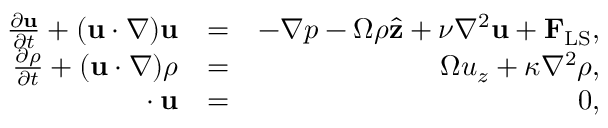
\begin{array} { r l r } { \frac { \partial { \mathbf { u } } } { \partial { t } } + ( \mathbf { u } \cdot \nabla ) \mathbf { u } } & { = } & { - \nabla p - \Omega \rho \hat { \bf z } + \nu \nabla ^ { 2 } \mathbf { u } + { \bf F } _ { \mathrm { L S } } , } \\ { \frac { \partial { \rho } } { \partial { t } } + ( \mathbf { u } \cdot \nabla ) \rho } & { = } & { \Omega u _ { z } + \kappa \nabla ^ { 2 } \rho , } \\ { { \bf \nabla \cdot u } } & { = } & { 0 , } \end{array}